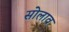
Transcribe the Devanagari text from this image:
सोलाव